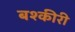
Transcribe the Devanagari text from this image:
बश्कीरी